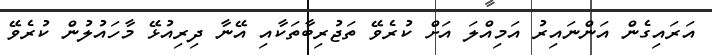
އަރައިގެން އަންނައިރު އަމިއްލަ އަށް ކުރެވޭ ތަޖުރިބާތަކާއި އޭނާ ދިރިއުޅޭ މާހައުލުން ކުރެވޭ